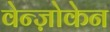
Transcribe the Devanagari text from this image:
वेन्ज़ोकेन